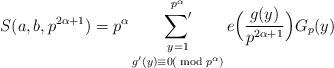
LaTeX: \begin{align*} S(a,b,p^{2\alpha+1}) = p^\alpha \mathop{\mathop{\sum' \nolimits}_{y = 1}^{p^\alpha}}_{g'(y) \equiv 0 (\bmod p^\alpha)} e\Bigl(\frac{g(y)}{p^{2\alpha+1}}\Bigr) G_p(y)\end{align*}